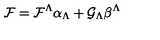
{ \cal F } = { \cal F } ^ { \Lambda } \alpha _ { \Lambda } + { \cal G } _ { \Lambda } \beta ^ { \Lambda }